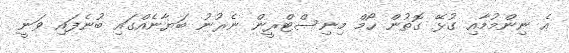
އެ ނިންމުމާއި ގުޅޭ ގޮތުން ހޯމް މިނިސްޓްރީން ނެރުނު ބަޔާނެއްގައި ބުނެފައި ވަނީ